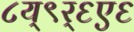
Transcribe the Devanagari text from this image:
८य्९र्६ए६